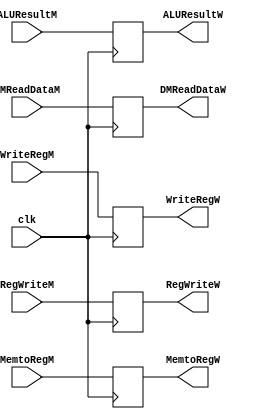
`timescale 1ns / 1ps
//////////////////////////////////////////////////////////////////////////////////
// Company: 
// Engineer: 
// 
// Design Name: 
// Module Name:    Memory_WriteBack_Pipeline 
// Project Name: 
// Target Devices: 
// Tool versions: 
// Description: 
//
// Dependencies: 
//
// Revision: 
// Revision 0.01 - File Created
// Additional Comments: This pipeline register separates the Memory and Write Back stages
// of the pipeline. It sits after the data memory but before multiplexer 3.
//////////////////////////////////////////////////////////////////////////////////
module Memory_WriteBack_Pipeline( input clk,
											 input RegWriteM,
											 input MemtoRegM,
											 input [31:0] ALUResultM,
											 input [31:0] DMReadDataM,
											 input [4:0] WriteRegM,
											 output reg RegWriteW,
											 output reg MemtoRegW,
											 output reg [31:0] ALUResultW,
											 output reg [31:0] DMReadDataW,
											 output reg [4:0] WriteRegW
											 );
	always @(posedge clk) begin
			RegWriteW <= RegWriteM;
			MemtoRegW <= MemtoRegM;
			ALUResultW <= ALUResultM;
			DMReadDataW <= DMReadDataM;
			WriteRegW <= WriteRegM;
			
	end

endmodule